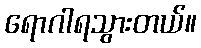
ရောဂါရသွားတယ်။